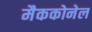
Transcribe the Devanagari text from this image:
मैककोनेल